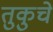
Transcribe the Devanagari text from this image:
तुकुचे